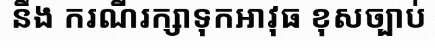
នឹង ករណីរក្សាទុកអាវុធ ខុសច្បាប់